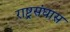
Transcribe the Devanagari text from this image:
राष्ट्रसंघास